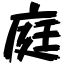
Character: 庭